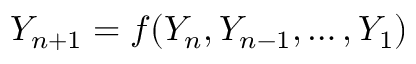
Y _ { n + 1 } = f ( Y _ { n } , Y _ { n - 1 } , \ldots , Y _ { 1 } )